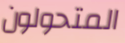
المتحولون